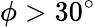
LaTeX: \phi>30^{\circ}